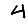
Digit: 4